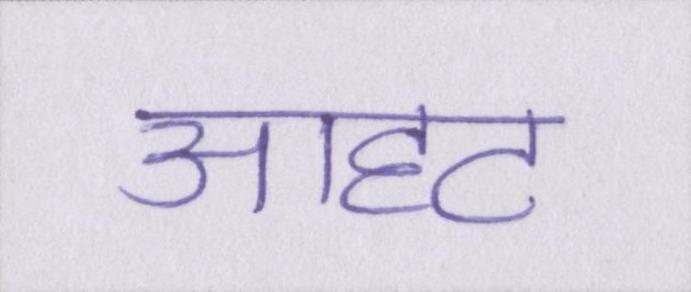
आहट